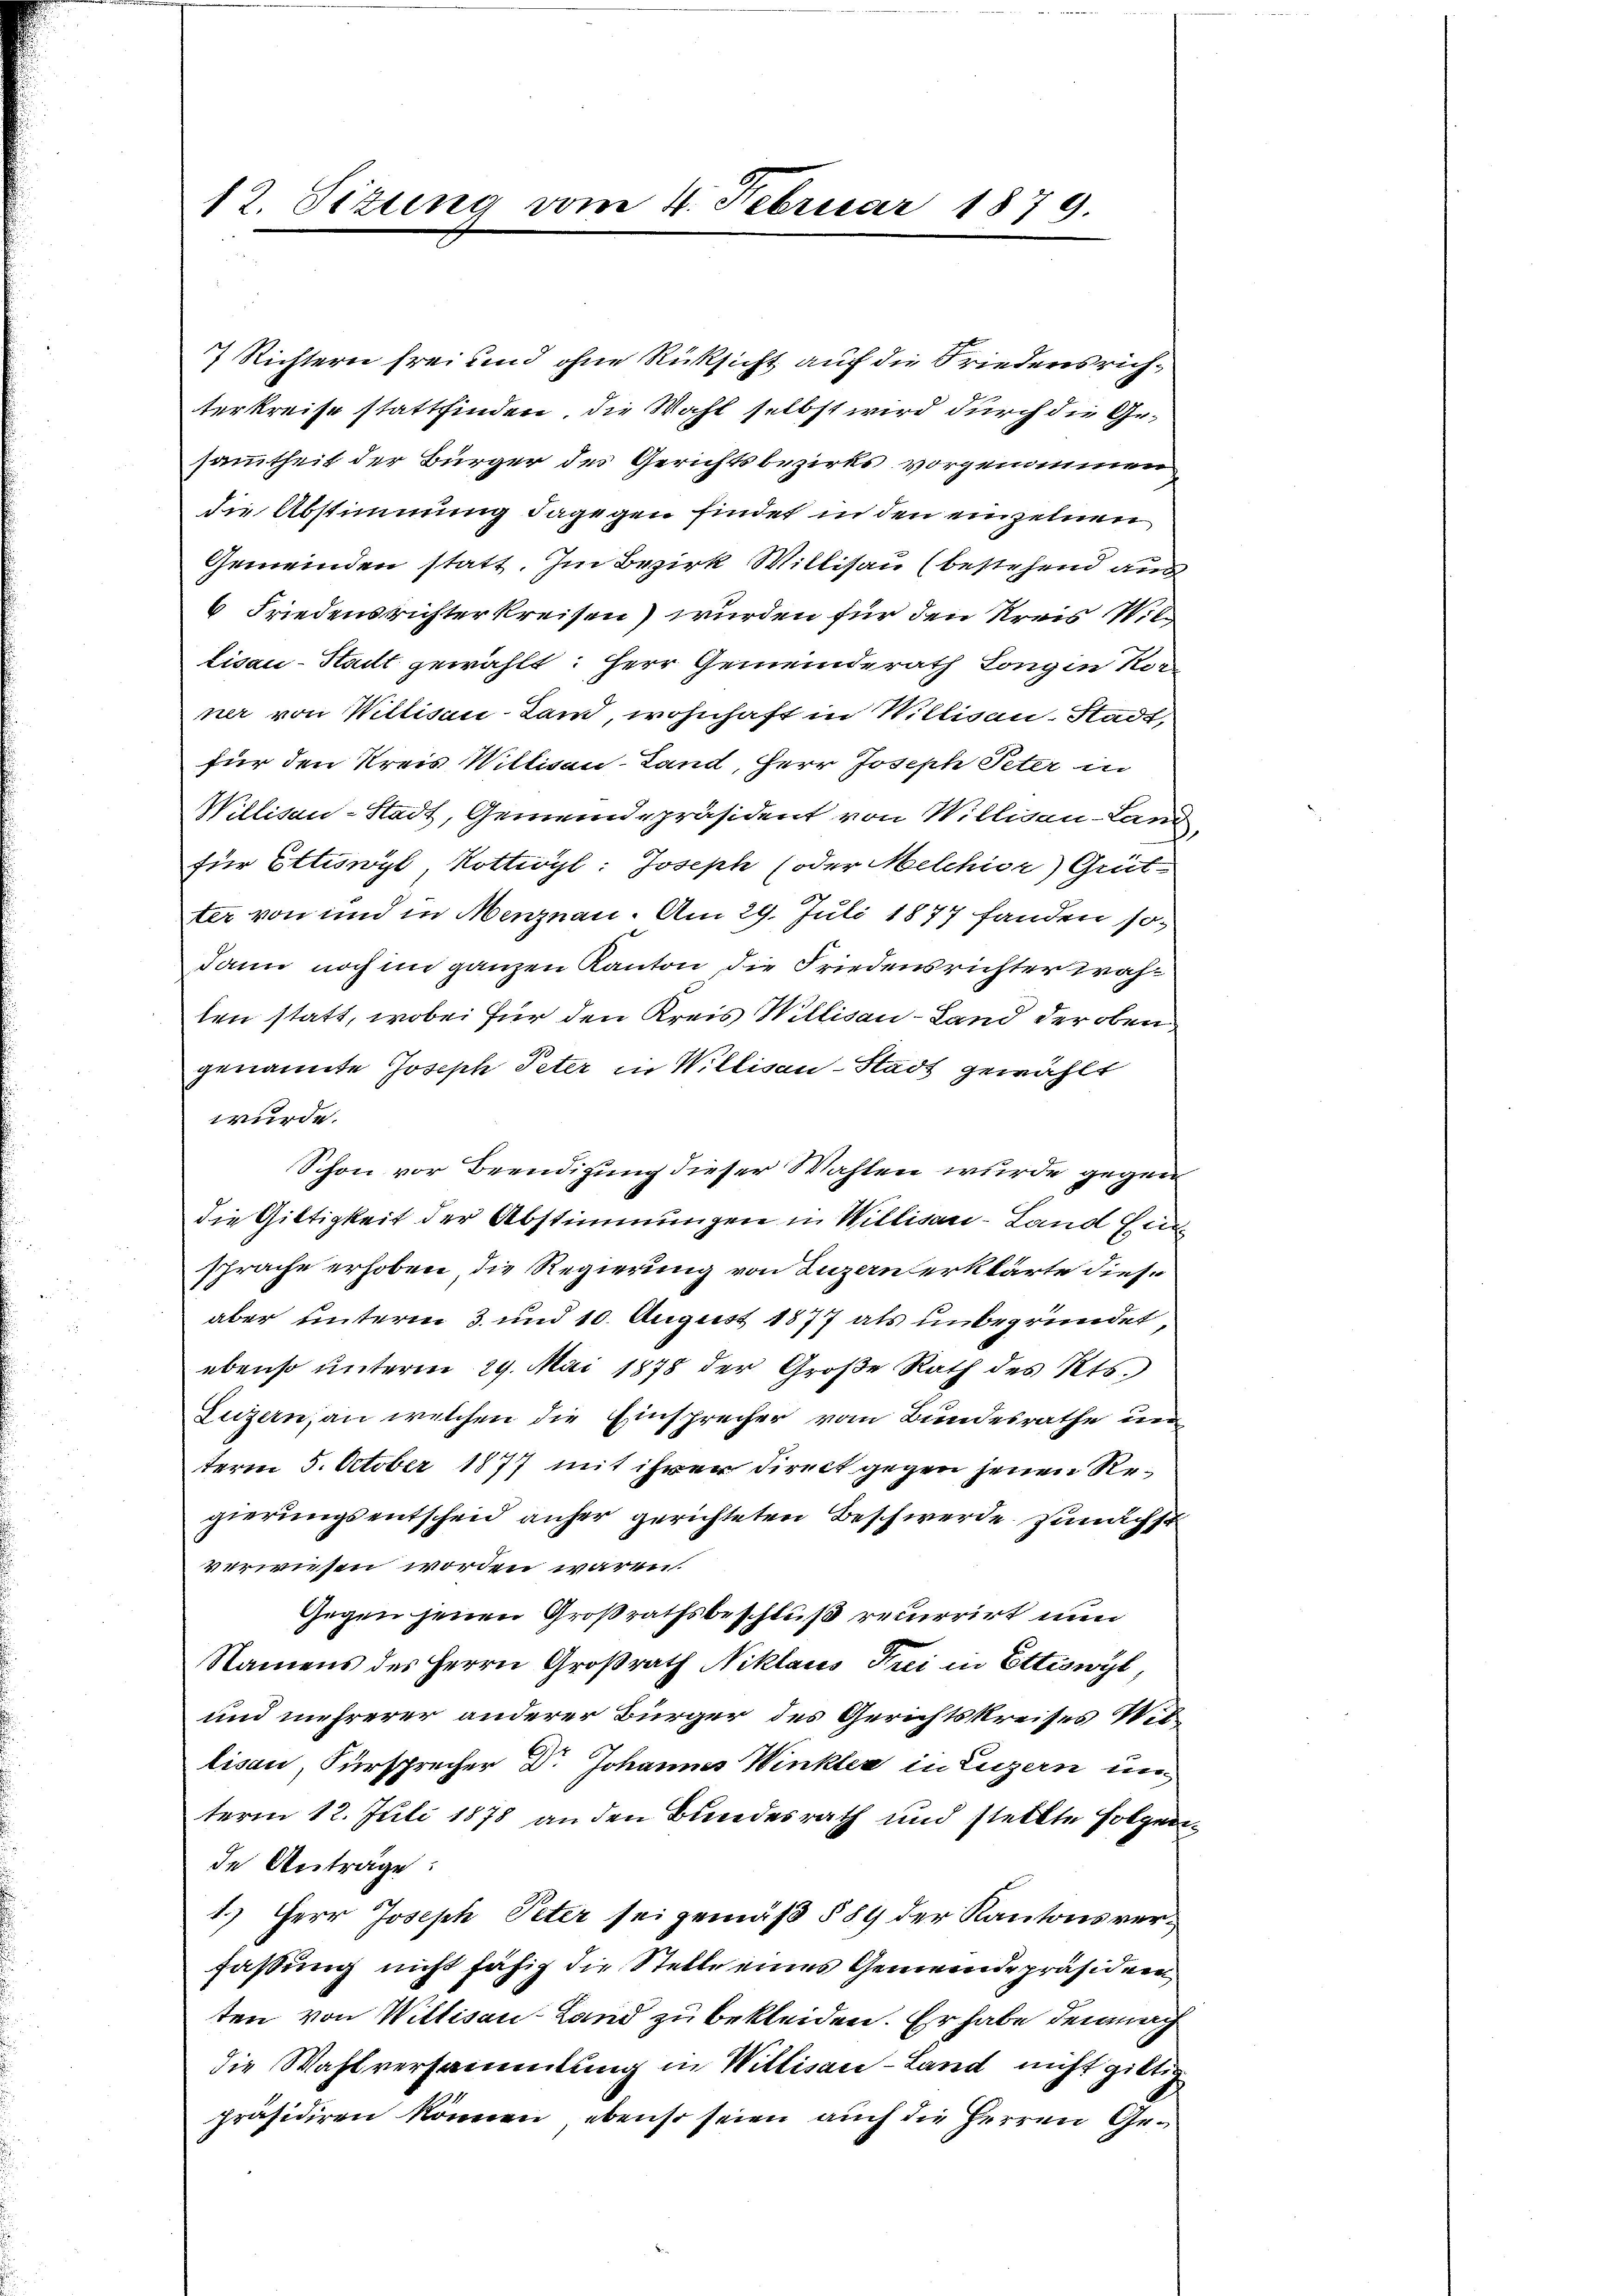
) Richtern frei und ohne Rüksicht auch die Friedensricht
terkreise stattfinden, die Wahl selbst wird durch die Gesammtheit der Bürger des Gerichtsbezirks vorgenommen
die Abstimmung dagegen findet in den einzelnen
Gemeinden statt. Im Bezirk Willisau (bestehend aus
6 Friedensrichter kreisen) wurden für den Kreis Wil¬
Lisau-Stadt gewählt: Herr Gemeinderath Longen kon
ner von Willisau-Land, wohnhaft in Willisau-Stadt,
für den Kreis Willisau-Land, Herr Joseph Peter in
Willisau-Stadt, Gemeindepräsident von Willisau-Land
für Ettiswyl, Kottivyl: Joseph (oder Melchior Gritter von und in Menznau. Am 29. Juli 1877 fanden sodann noch im ganzen Kanton die Friedensrichter wählen statt, wobei für den Kreis Willisau-Land der oben
genannte Joseph Peter in Willisau-Stadt gewählt
wurde.
Schon vor Beendigung dieser Wahlen wurde gegen
die Giltigkeit der Abstimmungen in Willisau-Land Ein
sprache erhoben, die Regierung von Luzern erklärte diesaber unterm 3. und 10. August 1877 als unbegründet,
ebenso unterm 29. Mai 1878 der Große Rath des Kts.
Luzern, an welchen die Einsprecher vom Bundesrathe un
term 5. October 1877 mit ihrer Direct gegen jenen Regierungsentscheid anher gerichteten Beschwerde. Zunächst
verwiesen worden wären
Gegen jenen Großrathsbeschluß recurrirt nun
Namens des Herrn Großrath Niklaus Frei in Ettiswyl,
und mehrerer anderer Bürger des Gerichtskreises Witlisau, Fürsprecher Dr. Johannes Winkler in Luzern un
term 12. Juli 1878 an den Bundesrath und stellte Folgen.
de Anträge:
1.) Herr Joseph Peter sei gemäß § 89 der Kantons verfassung nicht fähig die Stelle eines Gemeinde präsiden
ten von Willisau-Land zu bekleiden. Er habe demnach
die Wahlversammlung in Willisau-Land nicht giltipräsidiren können, ebenso seien auch die Herren Ge¬

12. Sizung vom 4. Februar 1879.